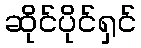
ဆိုင်ပိုင်ရှင်